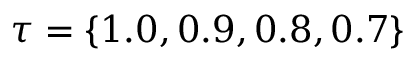
\tau = \{ 1 . 0 , 0 . 9 , 0 . 8 , 0 . 7 \}